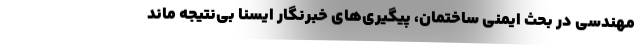
مهندسی در بحث ایمنی ساختمان، پیگیری‌های خبرنگار ایسنا بی‌نتیجه ماند